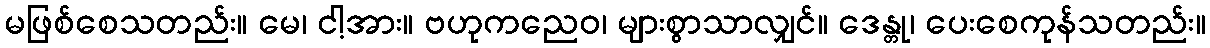
မဖြစ်စေသတည်း။ မေ၊ ငါ့အား။ ဗဟုကညေဝ၊ များစွာသာလျှင်။ ဒေန္တု၊ ပေးစေကုန်သတည်း။